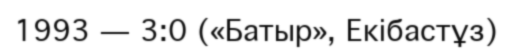
1993 — 3:0 («Батыр», Екібастұз)